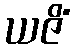
ယဇိံ